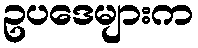
ဥပဒေများက